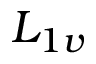
L _ { 1 v }